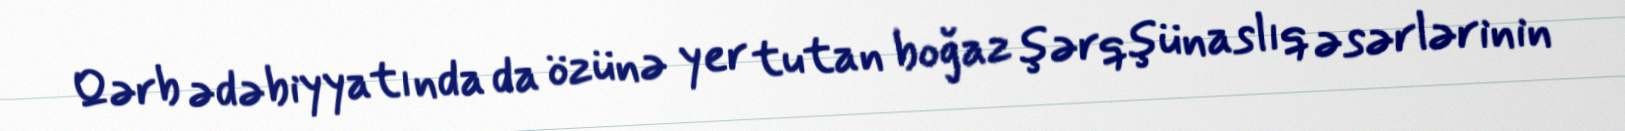
Qərb ədəbiyyatında da özünə yer tutan boğaz şərqşünaslıq əsərlərinin